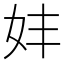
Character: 妦